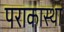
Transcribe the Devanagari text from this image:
पराकास्था